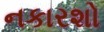
નકારશો